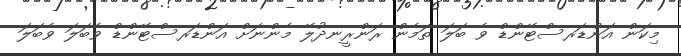
މިކަން އަންޑަރސްޓޭންޑް ވެ ބަލަ ތަމެން ރަންރީނދުލޭ މެންނަށް އަންޑަރސްޓޭންޑް ވެބަލަ ވެބަލަ